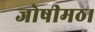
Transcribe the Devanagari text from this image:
जोषीमठ।